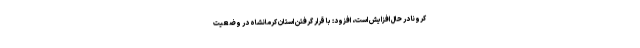
کرونا در حال افزایش است، افزود: با قرار گرفتن استان کرمانشاه در وضعیت